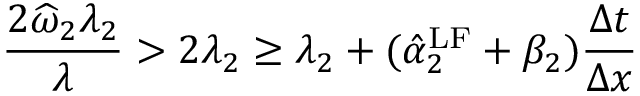
\frac { 2 \widehat { \omega } _ { 2 } \lambda _ { 2 } } { \lambda } > 2 \lambda _ { 2 } \geq \lambda _ { 2 } + ( \hat { \alpha } _ { 2 } ^ { \mathrm { { L F } } } + \beta _ { 2 } ) \frac { \Delta t } { \Delta x }